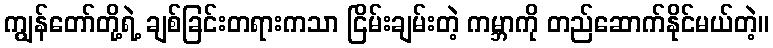
ကျွန်တော်တို့ရဲ့ ချစ်ခြင်းတရားကသာ ငြိမ်းချမ်းတဲ့ ကမ္ဘာကို တည်ဆောက်နိုင်မယ်တဲ့။